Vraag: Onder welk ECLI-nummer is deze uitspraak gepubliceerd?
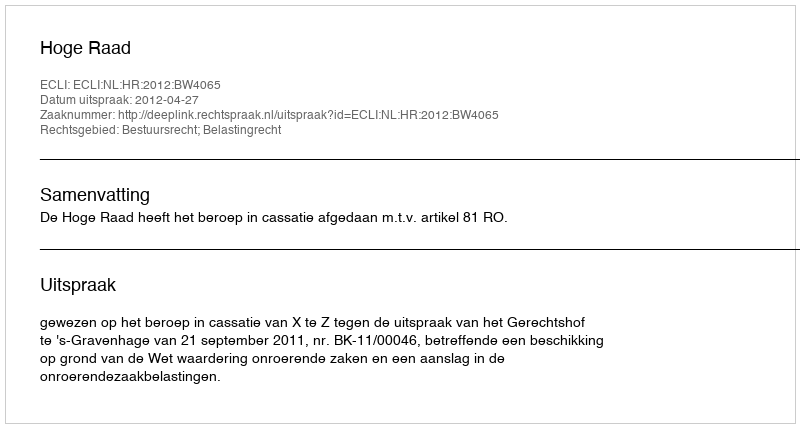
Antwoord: ECLI:NL:HR:2012:BW4065